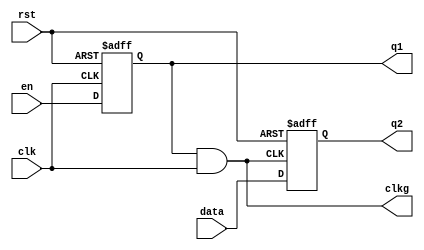
`timescale 1ns / 1ps
//////////////////////////////////////////////////////////////////////////////////
// Company: 
// Engineer: 
// 
// Design Name: 
// Module Name: clk_gating
// Project Name: 
// Target Devices: 
// Tool Versions: 
// Description: 
// 
// Dependencies: 
// 
// Revision:
// Revision 0.01 - File Created
// Additional Comments:
// 
//////////////////////////////////////////////////////////////////////////////////


module clk_gating(input en, input rst, input clk, input data,
output reg clkg, output reg q1, output reg q2);

always @ (*) begin
clkg = q1 & clk;
end
always @(posedge clk or posedge rst)begin
if(rst) begin
q1<=1'b0;
end
else begin
q1 <= en;
end 
end
always @(posedge clkg or posedge rst)begin
if(rst)begin
q2 <= 1'b0;
end
else begin
q2 <= data;
end
end
endmodule